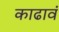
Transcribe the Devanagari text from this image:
काढावं